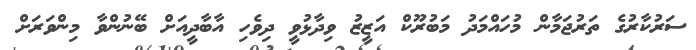
ސަރުކާރުގެ ތަރުޖަމާން މުހައްމަދު މަބުރޫކް އަޒީޒު ވިދާޅުވީ ދިވެހި އާބާދީއަށް ބޭނުންވާ މިންވަރަށް